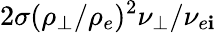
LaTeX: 2\sigma(\rho_{\perp}/\rho_{e})^{2}\nu_{\perp}/\nu_{e\mathbf{i}}